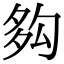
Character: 𡖜